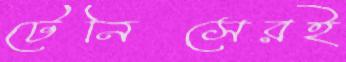
টেনিসেরই